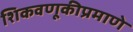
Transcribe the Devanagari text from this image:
शिकवणूकीप्रमाणे